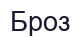
Броз